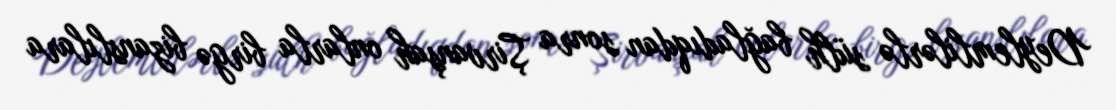
Deylemlilərlə sülh bağladıqdan sonra Şirvanşah onlarla birgə bizanslılara